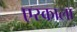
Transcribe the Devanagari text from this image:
एस्काला